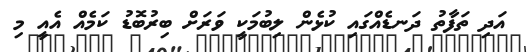
އަދި ތަފާތު ދަނޑެއްގައި ކުޅެން ލިބުމަކީ ވަރަށް ބިރުބޮޑު ކަމެއް އެއީ މި